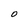
Character: 0